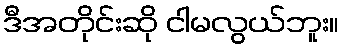
ဒီအတိုင်းဆို ငါမလွယ်ဘူး။